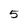
Character: 5